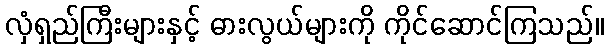
လှံရှည်ကြီးများနှင့် ဓားလွယ်များကို ကိုင်ဆောင်ကြသည်။